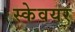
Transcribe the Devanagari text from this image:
स्केवयर